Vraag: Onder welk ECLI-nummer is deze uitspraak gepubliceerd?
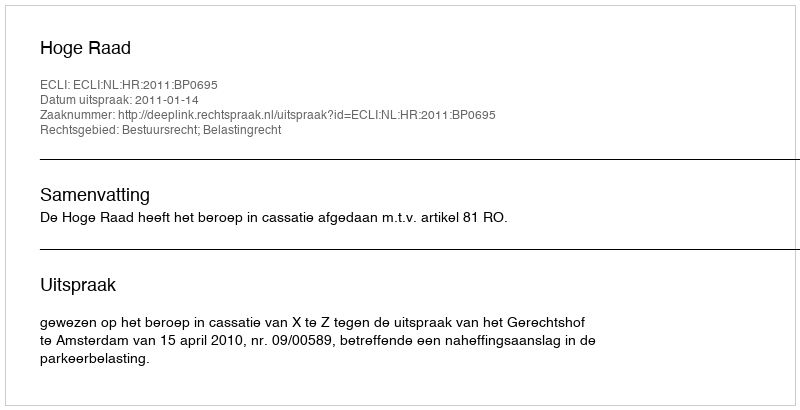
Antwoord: ECLI:NL:HR:2011:BP0695